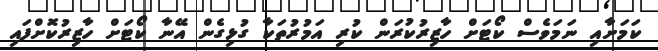
ކަމަށާއި ނަމަވެސް ކޯޓަށް ހާޒިރުކުރަން ކުރި އަމުރުތަކާ ގުޅިގެން އޭނާ ކޯޓަށް ހާޒިރުކޮށްފައި